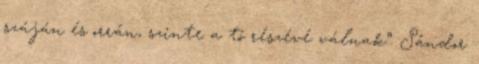
száján és orrán, szinte a tó részévé válnak”. Sándor